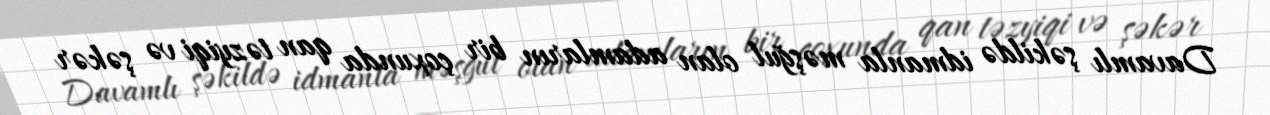
Davamlı şəkildə idmanla məşğul olan adamların bir çoxunda qan təzyiqi və şəkər